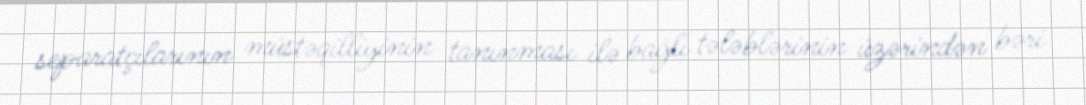
separatçılarının müstəqilliyinin tanınması ilə bağlı tələblərinin üzərindən bəri